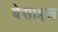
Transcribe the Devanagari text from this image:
बेसाइल